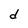
Character: d